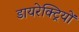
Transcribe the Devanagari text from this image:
डायरेक्ट्रियों